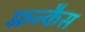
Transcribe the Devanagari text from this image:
फ़्रन्कैस